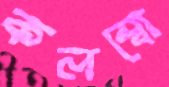
কলম্বো